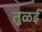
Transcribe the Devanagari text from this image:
तुळई